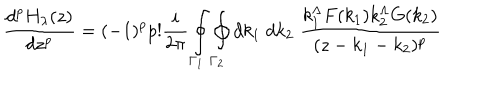
\frac { d ^ { p } H _ { \lambda } ( z ) } { d z ^ { p } } = ( - 1 ) ^ { p } p ! \frac { i } { 2 \pi } \oint _ { { \Gamma } _ { 1 } } \oint _ { { \Gamma } _ { 2 } } d k _ { 1 } \; d k _ { 2 } \; \frac { k _ { 1 } ^ { \Lambda } F ( k _ { 1 } ) k _ { 2 } ^ { \Lambda } G ( k _ { 2 } ) } { ( z - k _ { 1 } - k _ { 2 } ) ^ { p } }